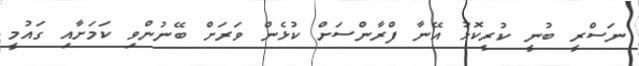
ނަސްރީ ބުނީ ކުރީކޮޅު އޭނާ ފްރާންސަށް ކުޅެން ވަރަށް ބޭނުންވި ކަމަށާއި ގައުމީ